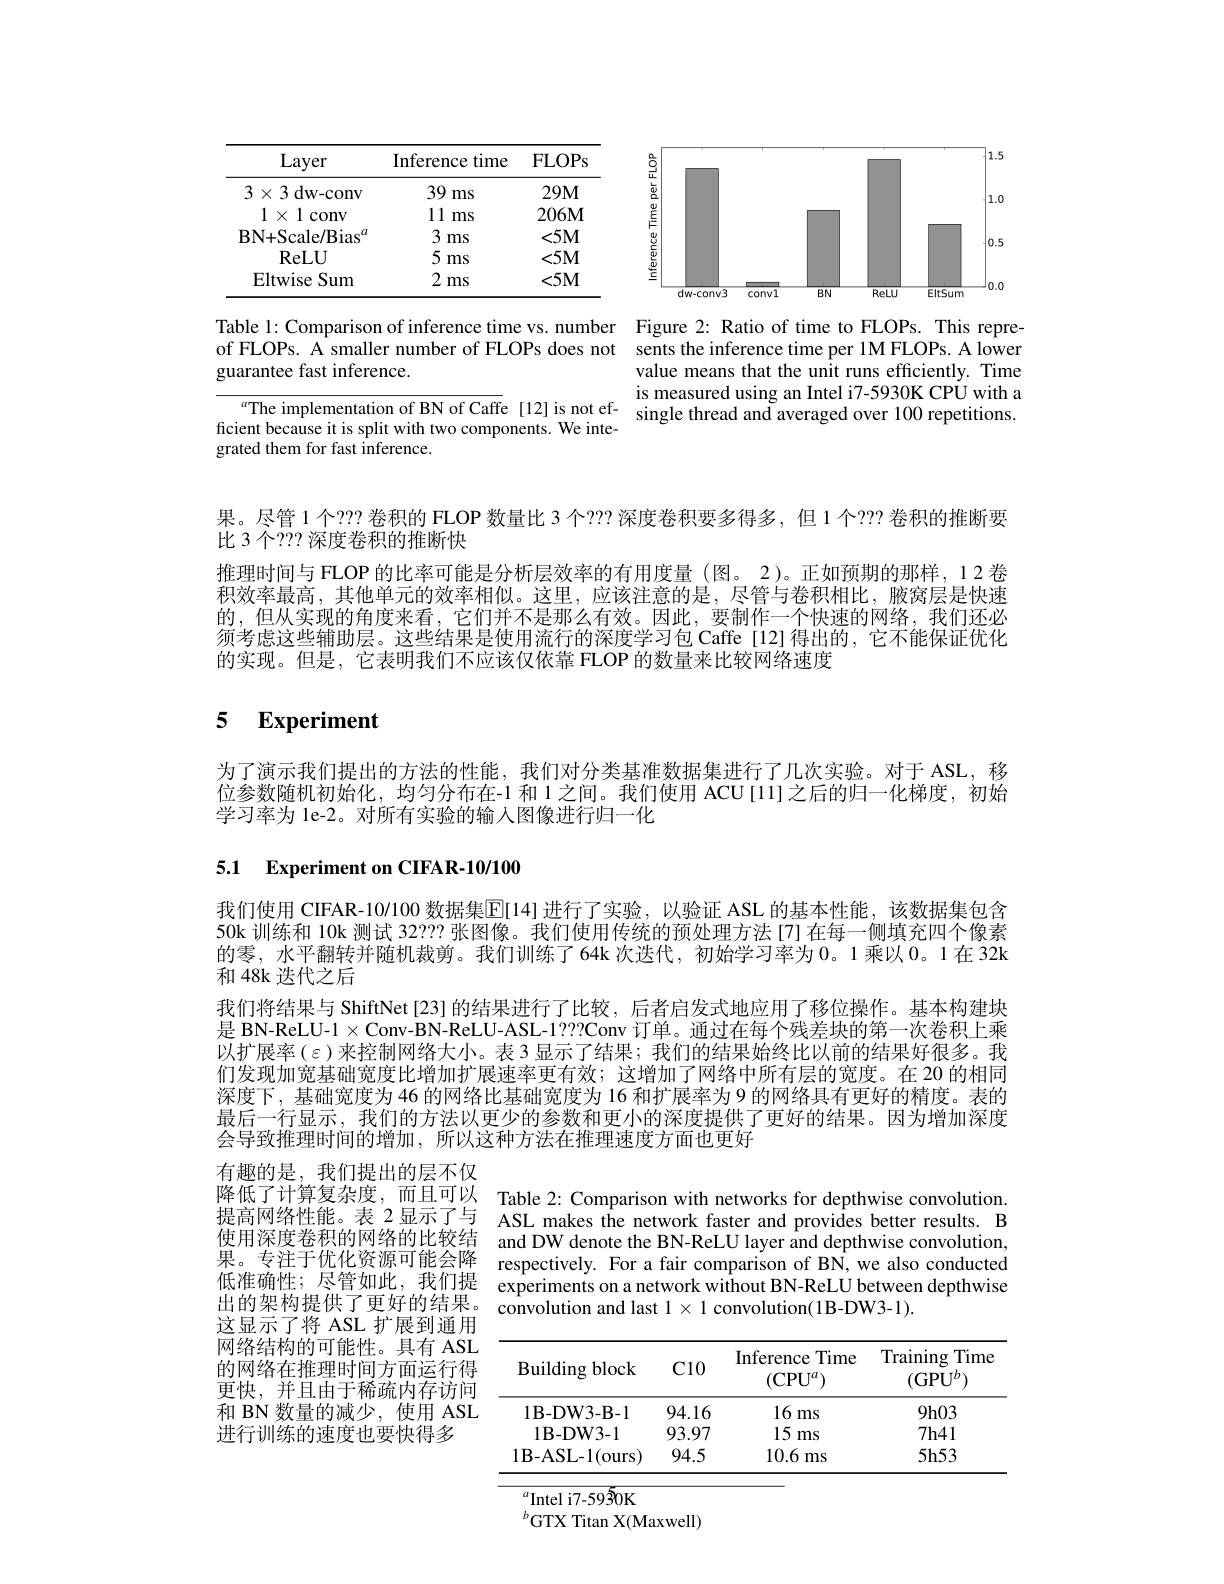
<FigureHere>

Table 1: Comparison of inference time vs. number Figure 2: Ratio of time to FLOPs. This repreof FLOPs. A smaller number of FLOPs does not sents the inference time per 1M FLOPs. A lower guarantee fast inference.

value means that the unit runs efficiently. Time is measured using an Intel i7-5930K CPU with a
$^{\alpha}$The implementation of BN of Caffe [12] is not ef- single thread and averaged over 100 repetitions.

ficient because it is split with two components. We inte-
grated them for fast inference.

果。尽管 1 个？?? 卷积的 FLOP 数量比 3 个？?? 深度卷积要多得多，但 1 个？?? 卷积的推断要
比 3 个？?? 深度卷积的推断快
推理时间与 FLOP 的比率可能是分析层效率的有用度量 (图。2)。正如预期的那样，12 卷积效率最高，其他单元的效率相似。这里，应该注意的是，尽管与卷积相比，腋窝层是快速的，但从实现的角度来看，它们并不是那么有效。因此，要制作一个快速的网络，我们还必须考虑这些辅助层。这些结果是使用流行的深度学习包 Caffe[12]得出的，它不能保证优化的实现。但是，它表明我们不应该仅依靠 FLOP 的数量来比较网络速度

### 5 $\textbf{Experiment}$

为了演示我们提出的方法的性能，我们对分类基准数据集进行了几次实验。对于 ASL, 移位参数随机初始化，均匀分布在-1 和 1 之间。我们使用 ACU[11]之后的归一化梯度，初始学习率为 le-2。对所有实验的输入图像进行归一化

## 5.1 Experiment on CIFAR-10/100

我们使用 CIFAR-10/100 数据集$\mathbb{E}[$14] 进行了实验，以验证 ASL 的基本性能，该数据集包含50k 训练和 10k 测试 322??? 张图像。我们使用传统的预处理方法 [7]在每一侧填充四个像素的零，水平翻转并随机裁剪。我们训练了64k 次迭代，初始学习率为 0。1 乘以 0。1 在 32k 和 48k 迭代之后
我们将结果与 ShiftNet[23]的结果进行了比较，后者启发式地应用了移位操作。基本构建块是 BN-ReLU-1$\times$Conv-BN-ReLU-ASL-1???Conv 订单。通过在每个残差块的第一次卷积上乘以扩展率($\varepsilon)来控制网络大小。表 3 显示了结果；我们的结果始终比以前的结果好很多。我$ 们发现加宽基础宽度比增加扩展速率更有效；这增加了网络中所有层的宽度。在 20 的相同深度下，基础宽度为 46 的网络比基础宽度为 16 和扩展率为 9 的网络具有更好的精度。表的最后一行显示，我们的方法以更少的参数和更小的深度提供了更好的结果。因为增加深度会导致推理时间的增加，所以这种方法在推理速度方面也更好

降低了计算复杂度，而且可以 Table 2: Comparison with networks for depthwise convolution
ASL makes the network faster and provides better results. B
使用深度卷积的网络的比较结 and DW denote the BN-ReLU layer and depthwise convolution, 果。专注于优化资源可能会降 respectively. For a fair comparison of BN, we also conducted 低准确性；尽管如此，我们提 experiments on a network without BN-ReLU between depthwise
$\hat{\text{convolution and last }1}\times1$ convolution(1B-DW3-1).

有趣的是，我们提出的层不仅提高网络性能。表 2 显示了与出的架构提供了更好的结果。这显示了将 ASL 扩展到通用网络结构的可能性。具有 ASL 的网络在推理时间方面运行得更快，并且由于稀疏内存访问和 BN 数量的减少，使用 ASL 进行训练的速度也要快得多

<table>
	<tbody>
		<tr>
			<th>Building $\mathbf{g}$block</th>
			<th>C10</th>
			<th>Inference Time $(\mathrm{CPU}^{a})$</th>
			<th>Training Time $(\mathrm{GPU}^{b})$</th>
		</tr>
		<tr>
			<td>$1B-DW3-B-1$</td>
			<td>94.16</td>
			<td>16 ms</td>
			<td>9h03</td>
		</tr>
		<tr>
			<td>$1\mathbf{B}-\mathbf{DW}3-1$</td>
			<td>93.97</td>
			<td>15 ms</td>
			<td>7h41</td>
		</tr>
		<tr>
			<td>$1\mathbf{B}-\mathbf{ASL}-1($ours</td>
			<td>94.5</td>
			<td>10.6 ms</td>
			<td>$5h53$</td>
		</tr>
	</tbody>
</table>
${^{a}}{^{\mathrm{Intel~i7-5930K}}}$

${}^{b}$GTX Titan X(Maxwell)